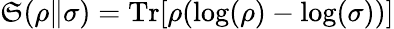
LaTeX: \mathfrak{S}(\rho\| \sigma)=\mathrm{{Tr}}[\rho(\log(\rho)-\log(\sigma))]